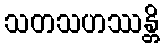
သတသဟဿန္တိ